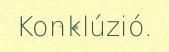
Konklúzió.